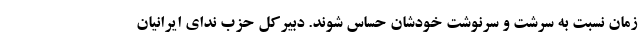
زمان نسبت به سرشت و سرنوشت خودشان حساس شوند. دبیرکل حزب ندای ایرانیان